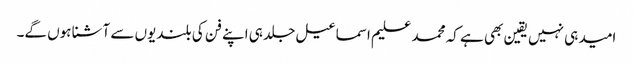
امید ہی نہیں یقین بھی ہے کہ محمد علیم اسماعیل جلد ہی اپنے فن کی بلندیوں سے آشنا ہوں گے۔